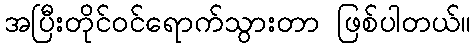
အပြီးတိုင်ဝင်ရောက်သွားတာ ဖြစ်ပါတယ်။